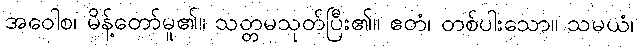
အဝေါစ၊ မိန့်တော်မူ၏။ သတ္တမသုတ်ပြီး၏။ ဧတံ၊ တစ်ပါးသော။ သမယံ၊